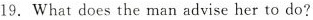
19.What does the man advise her to do?